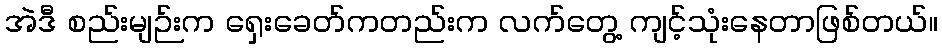
အဲဒီ စည်းမျဉ်းက ရှေးခေတ်ကတည်းက လက်တွေ့ ကျင့်သုံးနေတာဖြစ်တယ်။